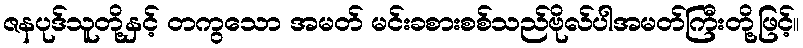
ဇနပုဒ်သူတို့နှင့် တကွသော အမတ် မင်းခစားစစ်သည်ဗိုလ်ပါအမတ်ကြီးတို့ဖြင့်။